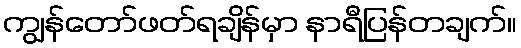
ကျွန်တော်ဖတ်ရချိန်မှာ နာရီပြန်တချက်။